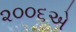
૨૦૦૬એ